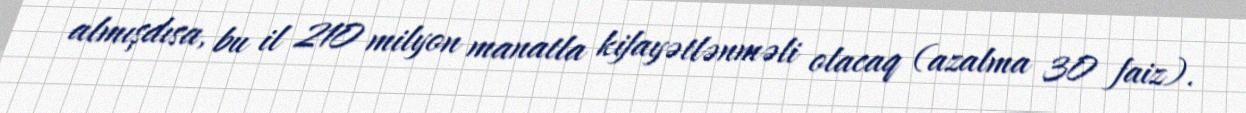
almışdısa, bu il 210 milyon manatla kifayətlənməli olacaq (azalma 30 faiz).